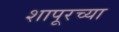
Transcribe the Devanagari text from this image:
शापूरच्या